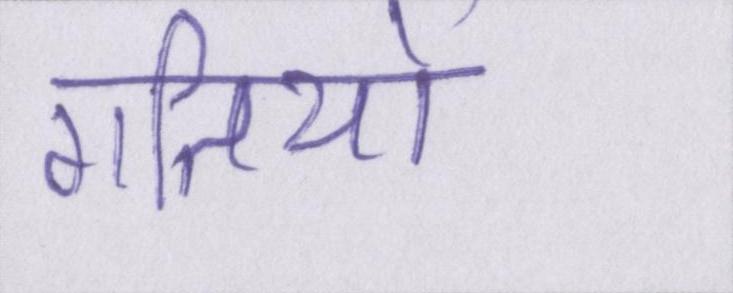
गतियों